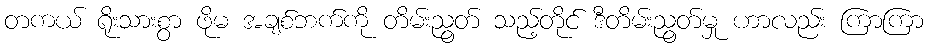
တကယ် ရိုးသားစွာ ဖိုမ အချစ်ဘက်ကို တိမ်းညွတ် သည့်တိုင် ဒီတိမ်းညွတ်မှု ဟာလည်း ကြာကြာ